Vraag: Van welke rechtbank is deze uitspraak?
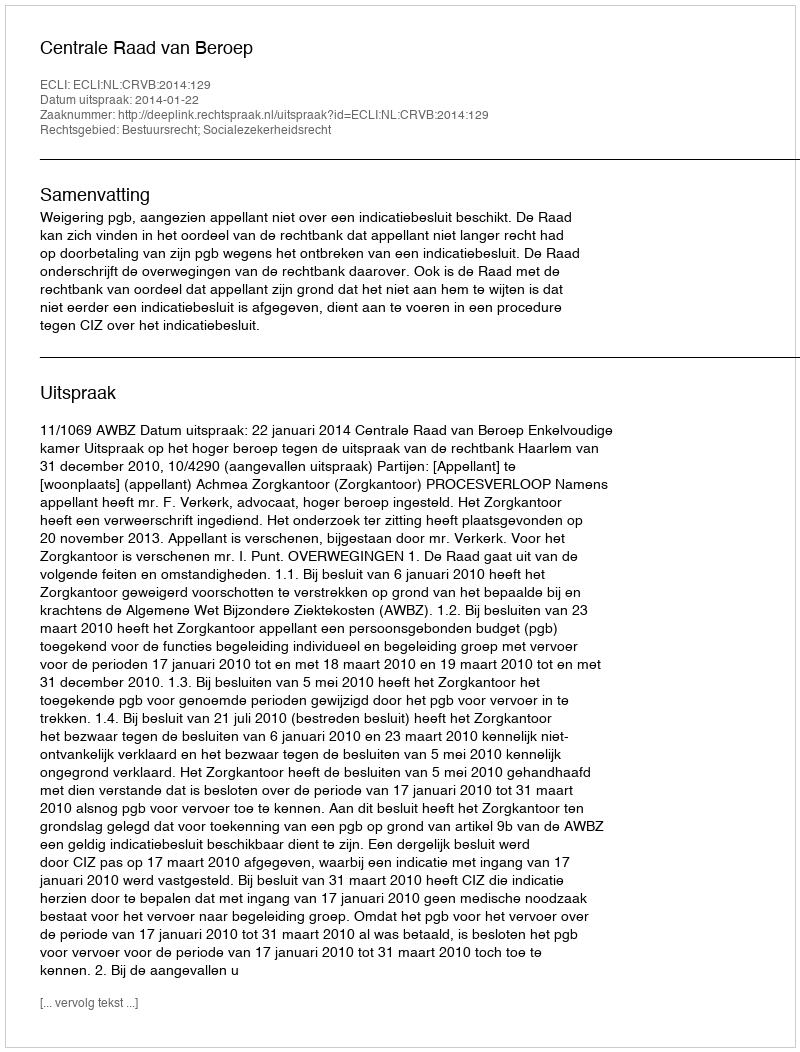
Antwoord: Centrale Raad van Beroep